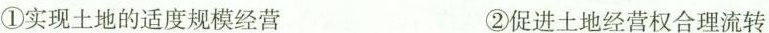
①实现土地的适度规模经营 ②促进土地经营权合理流转